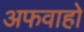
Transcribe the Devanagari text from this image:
अफवाहो